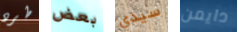
طرد بعض سيدي دايمن